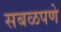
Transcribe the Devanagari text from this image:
सबळपणे